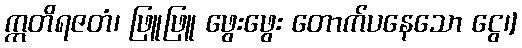
ဣတိရဇတံ၊ ဖြူဖြူ ဖွေးဖွေး တောက်ပနေသော ငွေ၊]